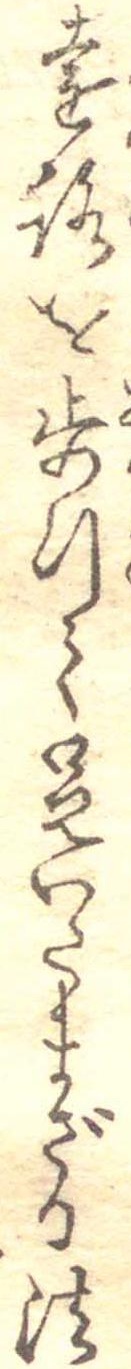
遠路を歩行て足いたまざる法